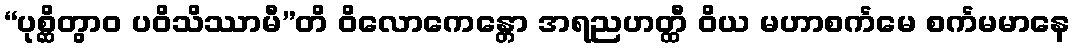
“ပုစ္ဆိတွာဝ ပဝိသိဿာမီ”တိ ဝိလောကေန္တော အရညဟတ္ထီ ဝိယ မဟာစင်္ကမေ စင်္ကမမာနေ